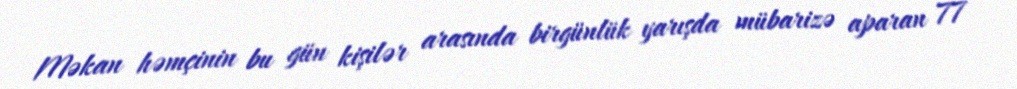
Məkan həmçinin bu gün kişilər arasında birgünlük yarışda mübarizə aparan 77